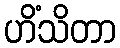
ဟိံသိတာ